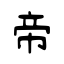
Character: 帝